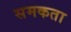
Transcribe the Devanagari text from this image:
समकता